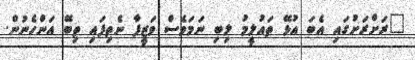
"ރަށްރަށުގައި އެބަ އުޅޭ ތައުލީމު ލިބި ނަމަވެސް ވަޒީފާ ނެތިފައި ތިބޭ އަންހެނުން.